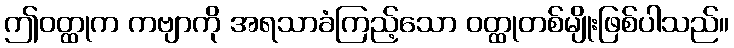
ဤဝတ္ထုက ကဗျာကို အရသာခံကြည့်သော ဝတ္ထုတစ်မျိုးဖြစ်ပါသည်။